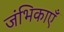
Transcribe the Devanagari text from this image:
जंभिकाएँ